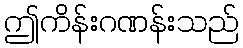
ဤကိန်းဂဏန်းသည်